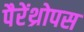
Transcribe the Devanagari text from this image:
पैरेंथ्रोपस